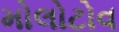
મોલોટોવ